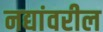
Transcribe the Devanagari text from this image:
नद्यांवरील